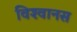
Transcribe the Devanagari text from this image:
विश्‍वानस